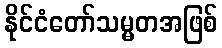
နိုင်ငံတော်သမ္မတအဖြစ်